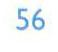
56